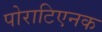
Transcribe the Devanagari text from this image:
पोराटिएनक